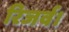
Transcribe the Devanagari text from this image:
रिजर्व।